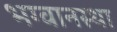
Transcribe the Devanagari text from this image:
भग्वानस्था